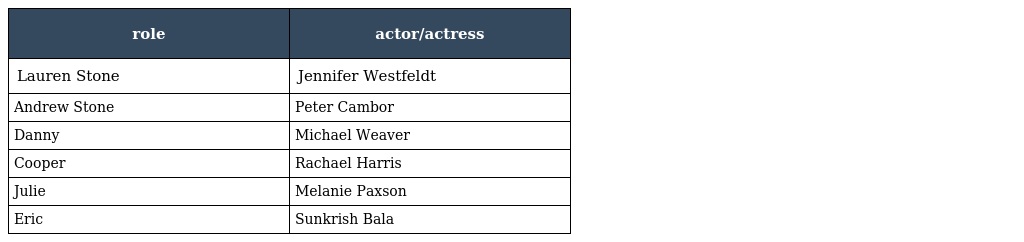
| role | actor/actress |
 | --- | --- |
 | Lauren Stone | Jennifer Westfeldt |
 | Andrew Stone | Peter Cambor |
 | Danny | Michael Weaver |
 | Cooper | Rachael Harris |
 | Julie | Melanie Paxson |
 | Eric | Sunkrish Bala |